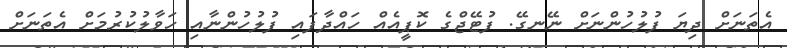
އެތަނަށް ދިޔަ ފުލުހުންނަށް ނޭނގޭ. ފުޓޭޖްގެ ކޮޕީއެއް ހައްދާފައި ފުލުހުންނާއި ހަވާލުކުރުމަށް އެތަނަށް